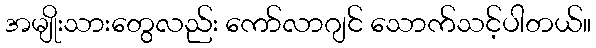
အမျိုးသားတွေလည်း ကော်လာဂျင် သောက်သင့်ပါတယ်။